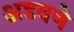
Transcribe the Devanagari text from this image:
अडवणे